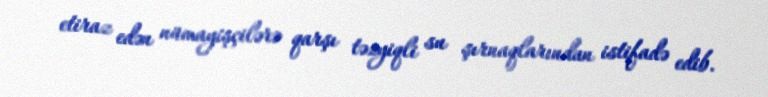
etiraz edən nümayişçilərə qarşı təzyiqli su şırnaqlarından istifadə edib.